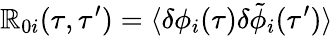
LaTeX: \mathbb{R}_{0i}(\tau,\tau^{\prime})=\langle\delta\phi_{i}(\tau)\delta\tilde{{\phi}}_{i}(\tau^{\prime})\rangle